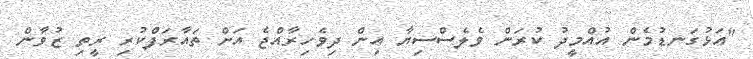
"އަޅުގަނޑުމެން އުއްމީދު ކުރަން ވެލެސްސިޔާ އިން ދިވެހިރާއްޖެ އަށް ތައާރަފްކުރި ރީތި ޒުވާން